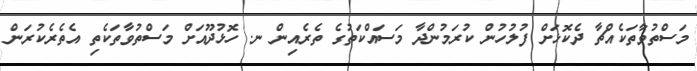
މަސްތުވާތަކެއްޗާ ދެކޮޅަށް ފުލުހުން ކުރަމުންދާ މަސައްކަތުގެ ތެރެއިން ނ. ހޮޅުދޫއަށް މަސްތުވާތަކެތި އެތެރެކުރަން